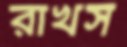
রাখস